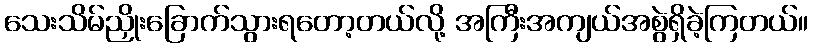
သေးသိမ်ညှိုးခြောက်သွားရတော့တယ်လို့ အကြီးအကျယ်အစွဲရှိခဲ့ကြတယ်။